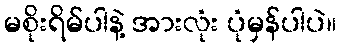
မစိုးရိမ်ပါနဲ့ အားလုံး ပုံမှန်ပါပဲ။